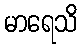
မာရေသိ